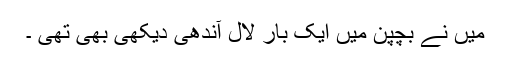
میں نے بچپن میں ایک بار لال آندھی دیکھی بھی تھی ۔